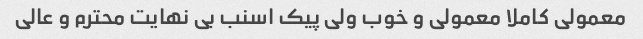
معمولی کاملا معمولی و خوب ولی پیک اسنب بی نهایت محترم و عالی